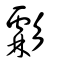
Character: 虨